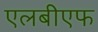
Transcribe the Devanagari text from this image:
एलबीएफ